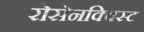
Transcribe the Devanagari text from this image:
रोसेनक्विस्ट